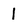
Character: l